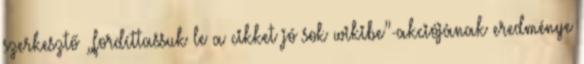
szerkesztő „fordíttassuk le a cikket jó sok wikibe”-akciójának eredménye